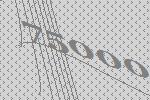
75000